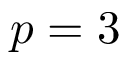
p = 3